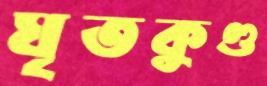
ঘৃতকুণ্ড